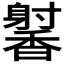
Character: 𬳢